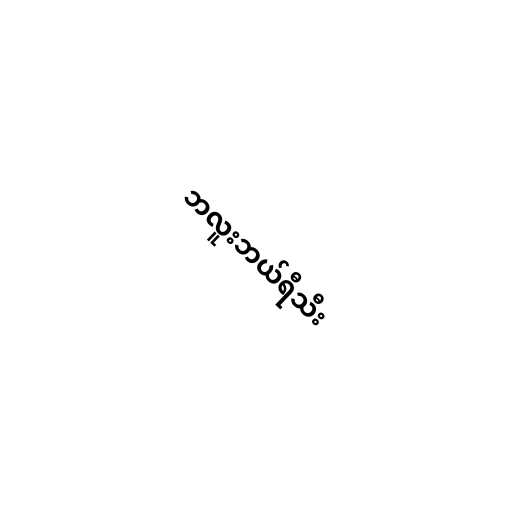
ဘလူးဘယ်ရီသီး